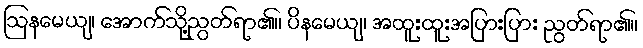
ဩနမေယျ၊ အောက်သို့ညွတ်ရာ၏။ ပိနမေယျ၊ အထူးထူးအပြားပြား ညွတ်ရာ၏။